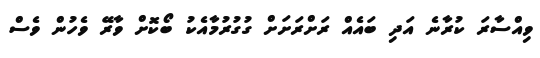
ވިއްސާރަ ކުރާނެ އަދި ބައެއް ރަށްރަށަށް ގުގުރުމާއެކު ބޯކޮށް ވާރޭ ވެހުން ވެސް